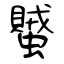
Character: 蠈